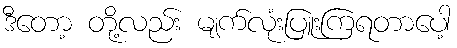
ဒီတော့ တို့လည်း မျက်လုံးပြူးကြရတာပေါ့